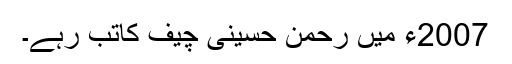
2007ء میں رحمٰن حسینی چیف کاتب رہے۔